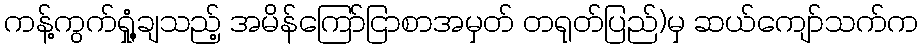
ကန့်ကွက်ရှုံ့ချသည့် အမိန်ကြော်ငြာစာအမှတ် တရုတ်ပြည်)မှ ဆယ်ကျော်သက်က